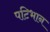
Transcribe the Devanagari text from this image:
पटिभान